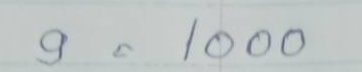
9 = 1000